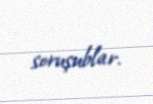
soruşublar.